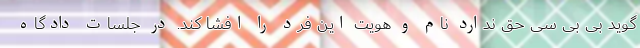
گوید بی بی سی حق ندارد نام و هویت این فرد را افشا کند. در جلسات دادگاه